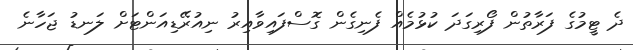
ދެ ޓީމުގެ ފަރާތުން ފޯރިގަދަ ކުޅުމެއް ފެނިގެން ގޮސްފައިވާއިރު ނިއުރޭޑިއަންޓަށް ލަނޑު ޖަހާނެ